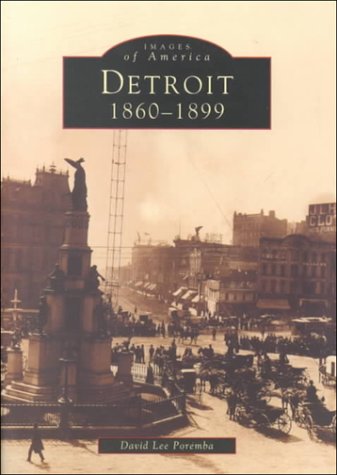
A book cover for Detroit 1860-1899 (Images of America (Arcadia Publishing)); David Lee Poremba; Travel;